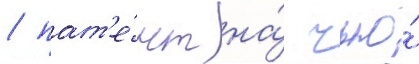
/ пат'е́нт на́ чью́